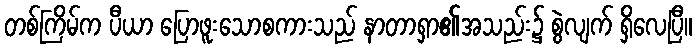
တစ်ကြိမ်က ပီယာ ပြောဖူးသောစကားသည် နာတာရှာ၏အသည်း၌ စွဲလျက် ရှိလေပြီ။